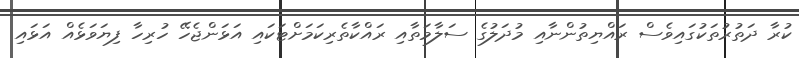
ކުރާ ދަތުރުތަކުގައިވެސް ރައްޔިތުންނާއި މުދަލުގެ ސަލާމަތާއި ރައްކާތެރިކަމަށްޓަކައި އަޅަންޖެހޭ ހުރިހާ ފިޔަވަޅެއް އަޅައި